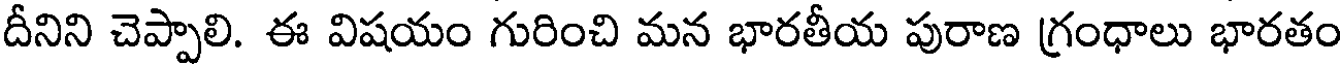
దీనిని చెప్పాలి. ఈ విషయం గురించి మన భారతీయ పురాణ గ్రంధాలు భారతం